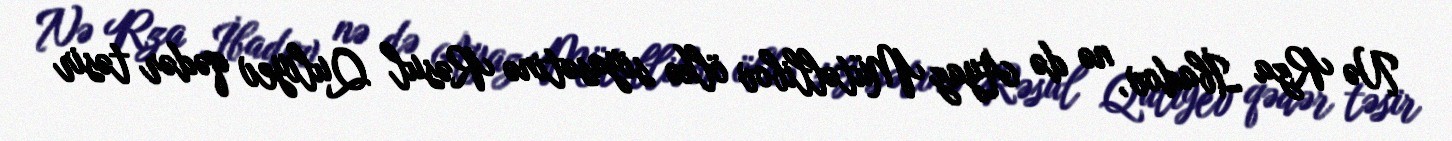
Nə Rza İbadov, nə də Ayaz Mütəllibov ölkə siyasətinə Rəsul Quliyev qədər təsir